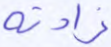
زادته